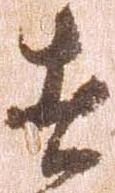
者